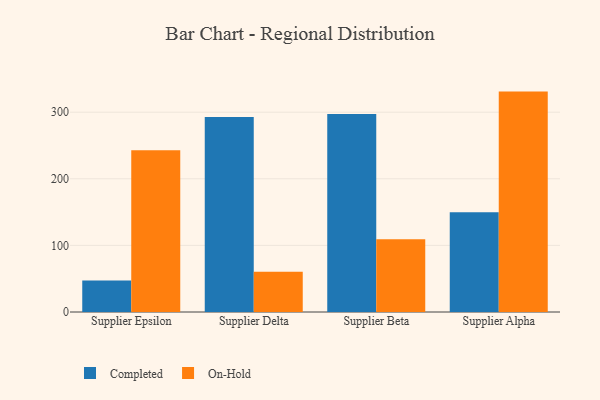
{"axis": {"x": "Supplier", "y": "Gross Profit (USD K)"}, "legend": ["Completed", "On-Hold"], "data": [{"x": "Supplier Epsilon", "y": 47.2, "type": "Completed"}, {"x": "Supplier Epsilon", "y": 243.0, "type": "On-Hold"}, {"x": "Supplier Delta", "y": 292.9, "type": "Completed"}, {"x": "Supplier Delta", "y": 60.4, "type": "On-Hold"}, {"x": "Supplier Beta", "y": 297.2, "type": "Completed"}, {"x": "Supplier Beta", "y": 109.4, "type": "On-Hold"}, {"x": "Supplier Alpha", "y": 149.9, "type": "Completed"}, {"x": "Supplier Alpha", "y": 330.9, "type": "On-Hold"}]}